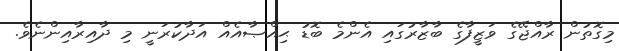
މިގޮތުން ރާއްޖޭގެ ވަޒީފާގެ ބާޒާރުގައި އެންމެ ބޮޑު ޙިއްޞާއެއް އަދާކުރަނީ މި ދާއިރާއިންނެވެ.